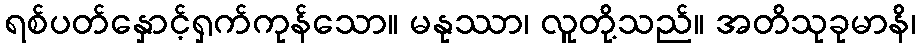
ရစ်ပတ်နှောင့်ရှက်ကုန်သော။ မနုဿာ၊ လူတို့သည်။ အတိသုခုမာနိ၊